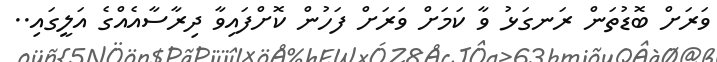
ވަރަށް ބޮޑުތަން ރަނގަޅު ވާ ކަމަށް ވަރަށް ފަހުން ކޮށްފައިވާ ދިރާސާއެއްގެ އަލީގައި..